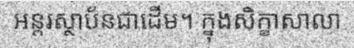
អន្តរស្ថាប័នជាដើម។ ក្នុងសិក្ខាសាលា